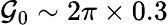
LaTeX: \mathcal{G}_{0}\sim 2\pi\times 0.3